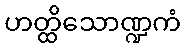
ဟတ္ထိသောဏ္ဍကံ